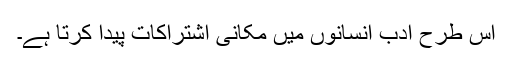
اس طرح ادب انسانوں میں مکانی اشتراکات پیدا کرتا ہے۔